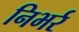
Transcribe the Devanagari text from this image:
निभर्र